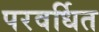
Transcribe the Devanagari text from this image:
परवर्धित